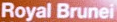
Royal Brunei